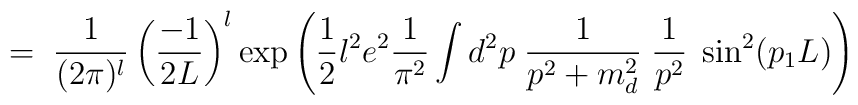
= \;\frac{1}{(2\pi)^l} \left( \frac{-1}{2L} \right)^l\exp \left( \frac{1}{2} l^2 e^2 \frac{1}{\pi^2} \int d^2 p \;\frac{1}{p^2 + m_d^2} \; \frac{1}{p^2} \; \sin^2(p_1 L) \right)